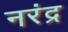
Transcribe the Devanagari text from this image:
नरंद्र